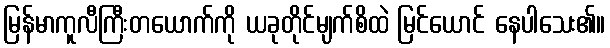
မြန်မာကူလီကြီးတယောက်ကို ယခုတိုင်မျက်စိထဲ မြင်ယောင် နေပါသေး၏။